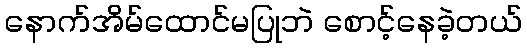
နောက်အိမ်ထောင်မပြုဘဲ စောင့်နေခဲ့တယ်